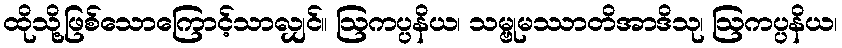
ထိုသို့ဖြစ်သောကြောင့်သာလျှင်။ ဩကပ္ပနိယ၊ သမ္ဗုမဿာတိအာဒိသု၊ ဩကပ္ပနိယ၊